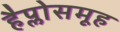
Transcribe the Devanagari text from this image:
हैप्लोसमूह